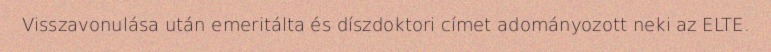
Visszavonulása után emeritálta és díszdoktori címet adományozott neki az ELTE.